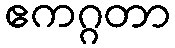
ဧကဂ္ဂတာ